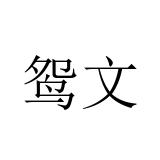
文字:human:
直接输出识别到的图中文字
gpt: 鸳文